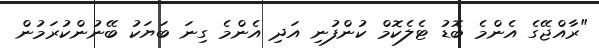
"ރާއްޖޭގެ އެންމެ ބޮޑު ޓެލެކޮމް ކުންފުނި އަދި އެންމެ ގިނަ ބަޔަކު ބޭނުންކުރަމުން